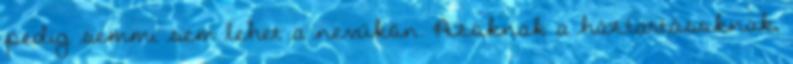
pedig semmi sem lehet a nevükön. Azoknak a háztartásoknak,